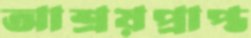
আশ্রয়প্রাপ্ত